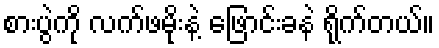
စားပွဲကို လက်ဖမိုးနဲ့ ဖြောင်းခနဲ ရိုက်တယ်။